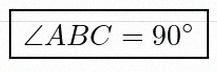
\angle ABC=90^\circ